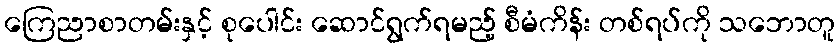
ကြေညာစာတမ်းနှင့် စုပေါင်း ဆောင်ရွက်ရမည့် စီမံကိန်း တစ်ရပ်ကို သဘောတူ